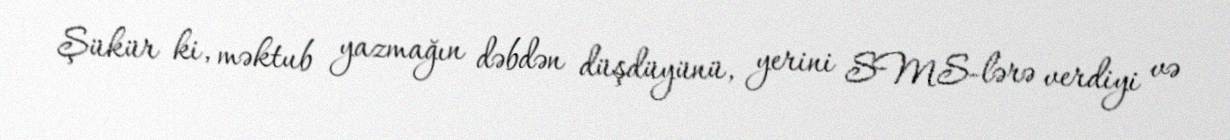
Şükür ki, məktub yazmağın dəbdən düşdüyünü, yerini SMS-lərə verdiyi və